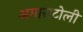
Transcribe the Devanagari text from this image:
अगाराटोली